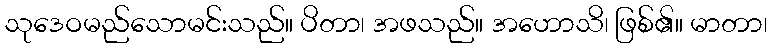
သုဒေဝမည်သောမင်းသည်။ ပိတာ၊ အဖသည်။ အဟောသိ၊ ဖြစ်၏။ မာတာ၊